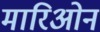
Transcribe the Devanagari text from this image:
मारिओन